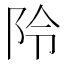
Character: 阾